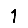
Digit: 1